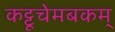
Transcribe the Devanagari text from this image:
कट्टूचेमबकम्